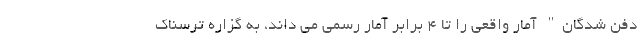
دفن شدگان" آمار واقعی را تا 4 برابر آمار رسمی می داند، به گزاره ترسناک